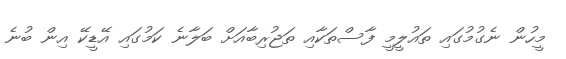
މީހުން ނެގުމުގައި ތައުލީމީ ފާސްތަކާއި ތަޖުރިބާއަށް ބަލާނެ ކަމުގައި އޭޑީކޭ އިން ބުނެ